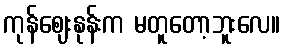
ကုန်ဈေးနုန်းက မတူတော့ဘူးလေ။